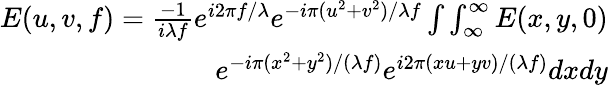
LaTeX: \begin{array}{r}{E(u,v,f)=\frac{-1}{i\lambda f}{{e}^{i2\pi f/\lambda}}{{e}^{-i\pi({{u}^{2}}+{{v}^{2}})/\lambda f}}\int\int_{\infty}^{\infty}E(x,y,0)}\\ {{{e}^{-i\pi({{x}^{2}}+{{y}^{2}})/(\lambda f)}}{{e}^{i2\pi(xu+yv)/(\lambda f)}}dxdy}\end{array}